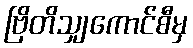
ဗြိတိသျှကောင်စီမှ